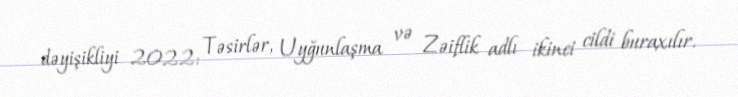
dəyişikliyi 2022: Təsirlər, Uyğunlaşma və Zəiflik adlı ikinci cildi buraxılır.